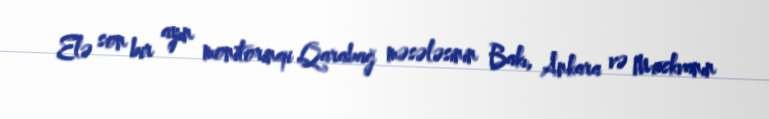
Elə son bir ayın monitorinqi Qarabağ məsələsinin Bakı, Ankara və Moskvanın